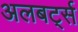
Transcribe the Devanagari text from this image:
अलबर्ट्स